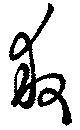
救